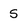
Character: 5